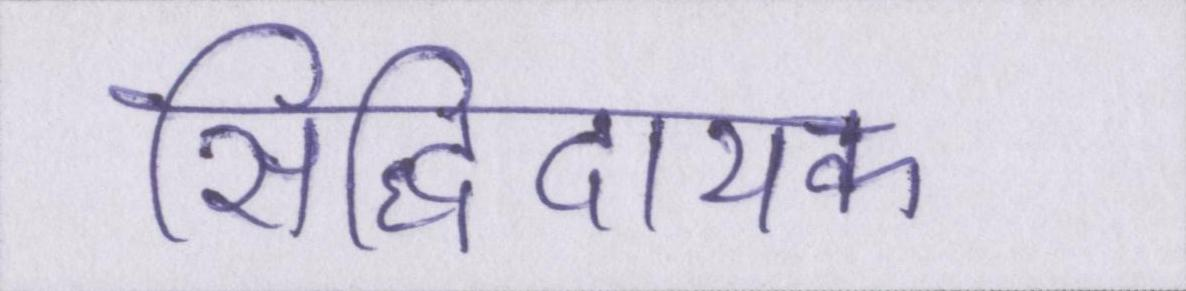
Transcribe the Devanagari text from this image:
सिद्धिदायक